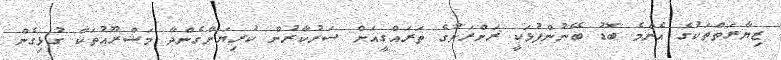
ޒިޔާރަތްތަކުގެ އެންމެ ބޮޑު ބޭނުންފުޅަކީ ރަށްރަށުގެ ތަރައްގީއަށް ސަރުކާރުން ކުރިޔަށްގެންދާ މަޝްރޫއުތަކާ ގުޅިގެން